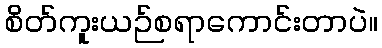
စိတ်ကူးယဉ်စရာကောင်းတာပဲ။